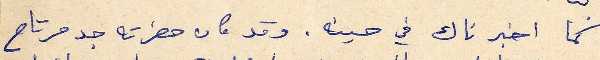
كما اخبرناك في حينه. وقد كان حضرته جد مرتاح